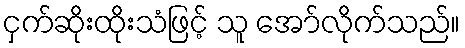
ငှက်ဆိုးထိုးသံဖြင့် သူ အော်လိုက်သည်။